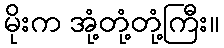
မိုးက အုံ့တုံ့တုံ့ကြီး။